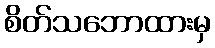
စိတ်သဘောထားမှ